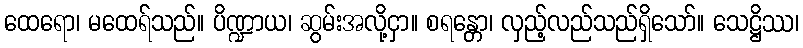
ထေရော၊ မထေရ်သည်။ ပိဏ္ဍာယ၊ ဆွမ်းအလို့ငှာ။ စရန္တော၊ လှည့်လည်သည်ရှိသော်။ သေဋ္ဌိဿ၊